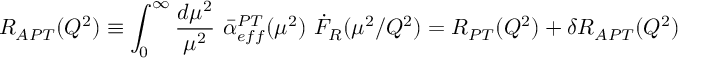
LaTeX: R _ { A P T } ( Q ^ { 2 } ) \equiv \int _ { 0 } ^ { \infty } { \frac { d \mu ^ { 2 } } { \mu ^ { 2 } } } \ \bar { \alpha } _ { e f f } ^ { P T } ( \mu ^ { 2 } ) \ \dot { { \cal F } } _ { R } ( \mu ^ { 2 } / Q ^ { 2 } ) = R _ { P T } ( Q ^ { 2 } ) + \delta R _ { A P T } ( Q ^ { 2 } )